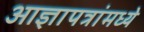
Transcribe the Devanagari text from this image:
आज्ञापत्रांमध्ये